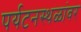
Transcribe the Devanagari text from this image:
पर्यटनस्थळांवर